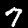
Digit: 7